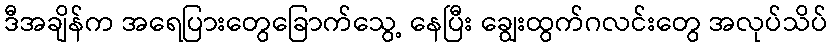
ဒီအချိန်က အရေပြားတွေခြောက်သွေ့ နေပြီး ချွေးထွက်ဂလင်းတွေ အလုပ်သိပ်